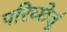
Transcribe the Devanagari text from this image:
परिच्छेतुं